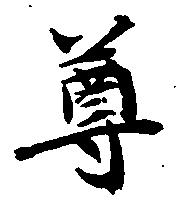
尊